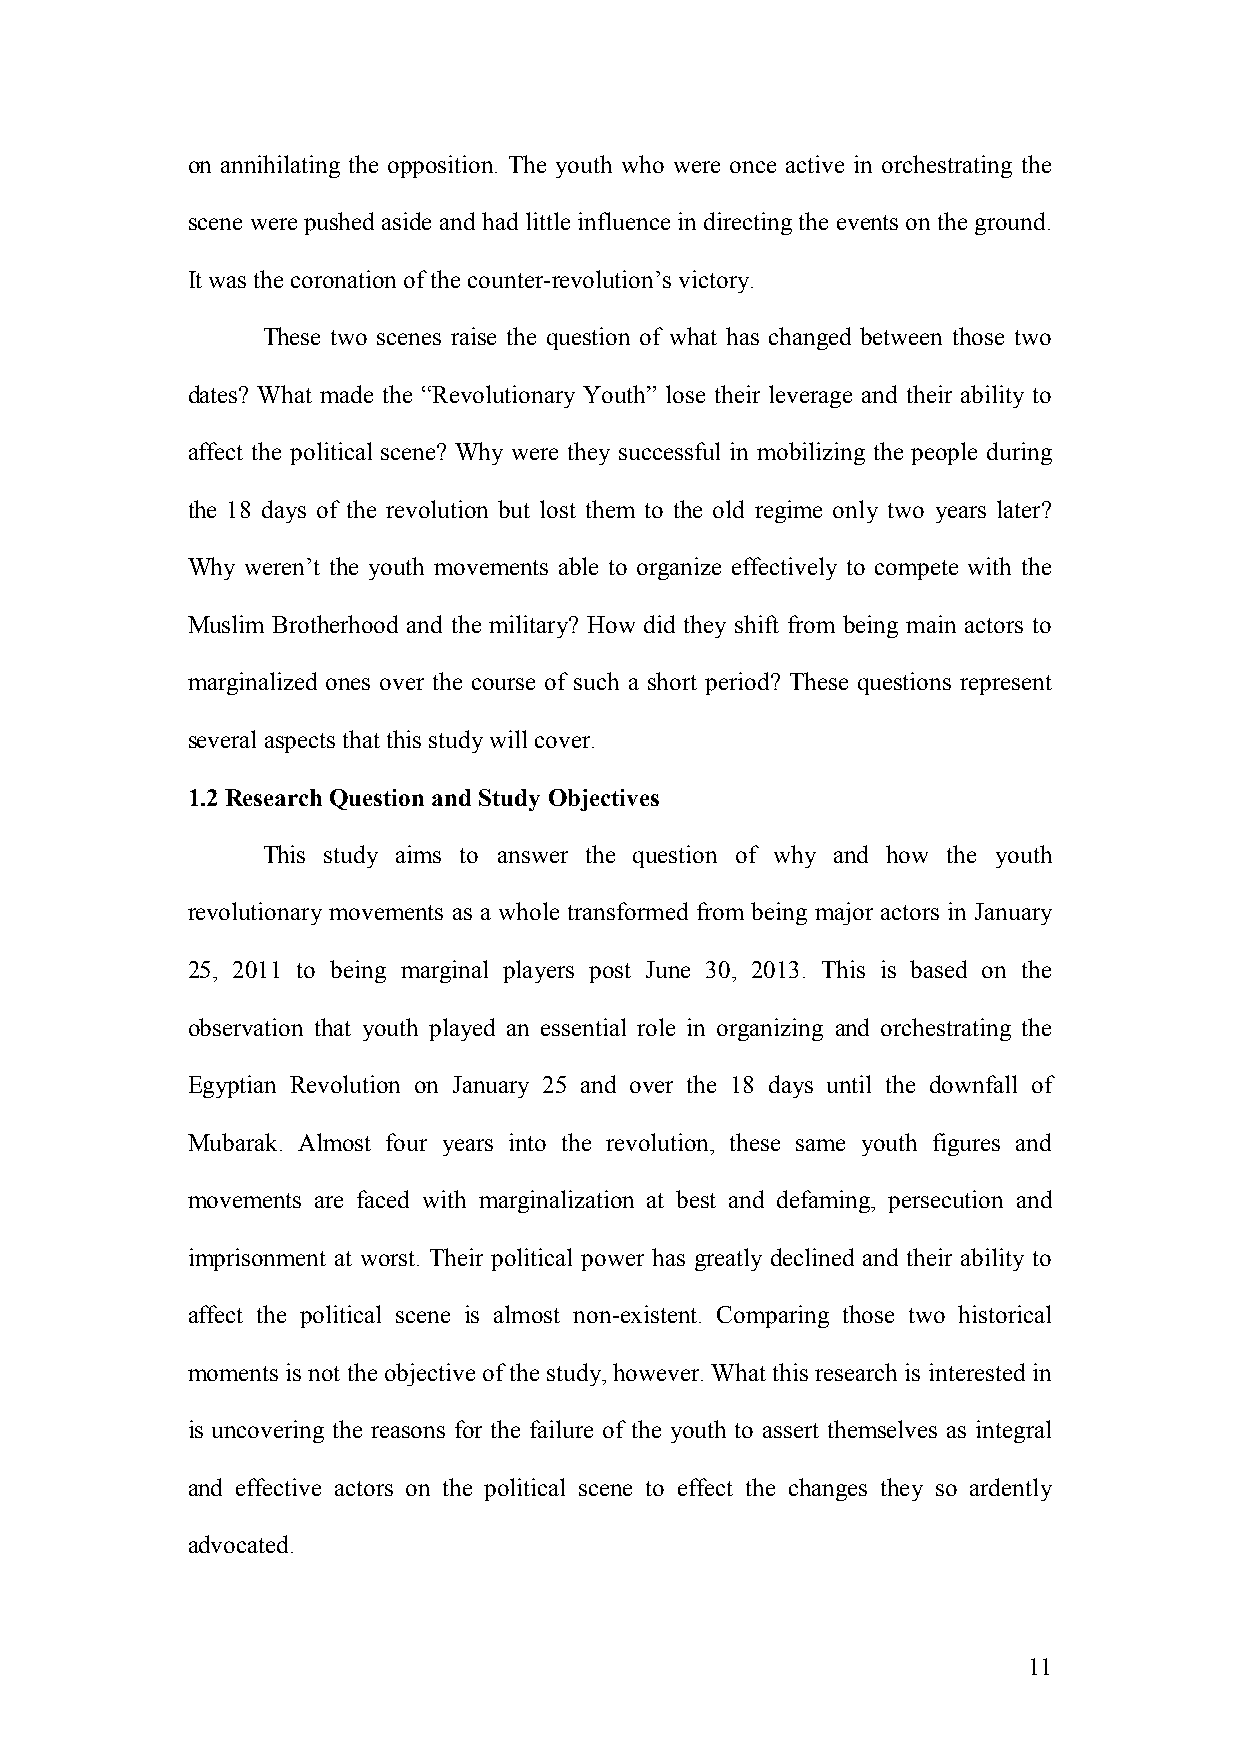
on annihilating the opposition. The youth who were once active in orchestrating the
 scene were pushed aside and had little influence in directing the events on the ground.
 It was the coronation of the counter-revolution’s victory.
 These two scenes raise the question of what has changed between those two
 dates? What made the “Revolutionary Youth” lose their leverage and their ability to
 affect the political scene? Why were they successful in mobilizing the people during
 the 18 days of the revolution but lost them to the old regime only two years later?
 Why weren’t the youth movements able to organize effectively to compete with the
 Muslim Brotherhood and the military? How did they shift from being main actors to
 marginalized ones over the course of such a short period? These questions represent
 several aspects that this study will cover.
 1.2 Research Question and Study Objectives
 This study aims to answer the question of why and how the youth
 revolutionary movements as a whole transformed from being major actors in January
 25, 2011 to being marginal players post June 30, 2013. This is based on the
 observation that youth played an essential role in organizing and orchestrating the
 Egyptian Revolution on January 25 and over the 18 days until the downfall of
 Mubarak. Almost four years into the revolution, these same youth figures and
 movements are faced with marginalization at best and defaming, persecution and
 imprisonment at worst. Their political power has greatly declined and their ability to
 affect the political scene is almost non-existent. Comparing those two historical
 moments is not the objective of the study, however. What this research is interested in
 is uncovering the reasons for the failure of the youth to assert themselves as integral
 and effective actors on the political scene to effect the changes they so ardently
 advocated.
 11